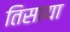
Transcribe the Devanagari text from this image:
तिसाया